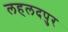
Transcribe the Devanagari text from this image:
लहलदपुर